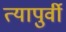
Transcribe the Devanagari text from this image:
त्यापुर्वी